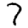
Digit: 7